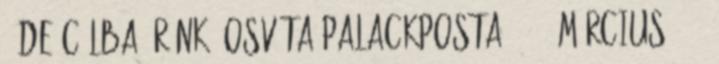
, de célba érünk. OsvátA Palackposta 2014. március 10.,